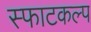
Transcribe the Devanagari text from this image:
स्फाटकल्प